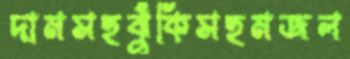
দামসহঝুঁকিসহমজল